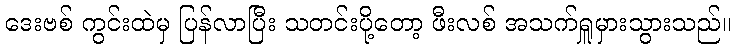
ဒေးဗစ် ကွင်းထဲမှ ပြန်လာပြီး သတင်းပို့တော့ ဖီးလစ် အသက်ရှူမှားသွားသည်။